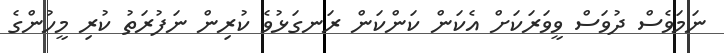
ނަމަވެސް ދުވަސް ވީވަރަކަށް އެކަން ކަންކަން ރަނގަޅުވެ ކުރިން ނަފުރަތު ކުރި މީހުންގެ